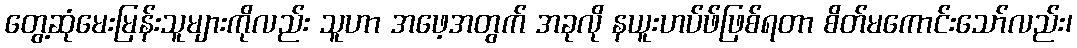
တွေ့ဆုံမေးမြန်းသူများကိုလည်း သူဟာ အဖေ့အတွက် အခုလို နယူးဟပ်ဖ်ဖြစ်ရတာ စိတ်မကောင်းသော်လည်း၊